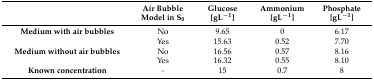
|  | Air Bubble Model in S0 | Glucose [gL−1] | Ammonium [gL−1] | Phosphate [gL−1] |
 | --- | --- | --- | --- | --- |
 | Medium with air bubbles | No | 9.65 | 0 | 6.17 |
 |  | Yes | 15.63 | 0.52 | 7.70 |
 | Medium without air bubbles | No | 16.56 | 0.57 | 8.16 |
 |  | Yes | 16.32 | 0.55 | 8.10 |
 | Known concentration | - | 15 | 0.7 | 8 |